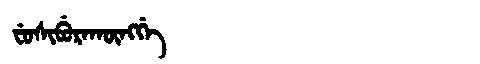
Manchu: ᠸᡠᠰᡳᠪᡠᡵᠠᡴᡡᠩᡤᡝ
Romanization: FUSIBURAKŪNGGE